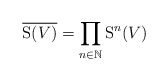
\begin{align*}\overline{\mathrm{S}(V)} = \prod_{n \in \mathbb{N}} \mathrm{S}^n(V)\end{align*}